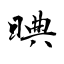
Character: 晪